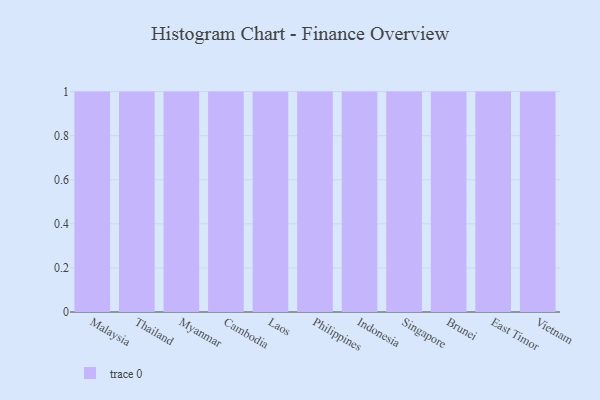
{"axis": {"x": "Country", "y": "Bounce Rate (%)"}, "legend": [""], "data": [{"x": "Malaysia", "y": 24, "type": ""}, {"x": "Thailand", "y": 1, "type": ""}, {"x": "Myanmar", "y": 2, "type": ""}, {"x": "Cambodia", "y": 73, "type": ""}, {"x": "Laos", "y": 13, "type": ""}, {"x": "Philippines", "y": 82, "type": ""}, {"x": "Indonesia", "y": 49, "type": ""}, {"x": "Singapore", "y": 97, "type": ""}, {"x": "Brunei", "y": 34, "type": ""}, {"x": "East Timor", "y": 5, "type": ""}, {"x": "Vietnam", "y": 4, "type": ""}]}